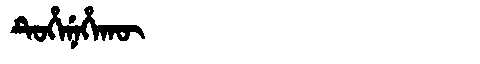
Manchu: ᡨᡠᡥᡝᠨᡝᡥᠠᡴᡡ
Romanization: TUHENEHAKŪ